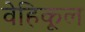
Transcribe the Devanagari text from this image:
वेहिकूल